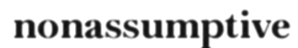
nonassumptive